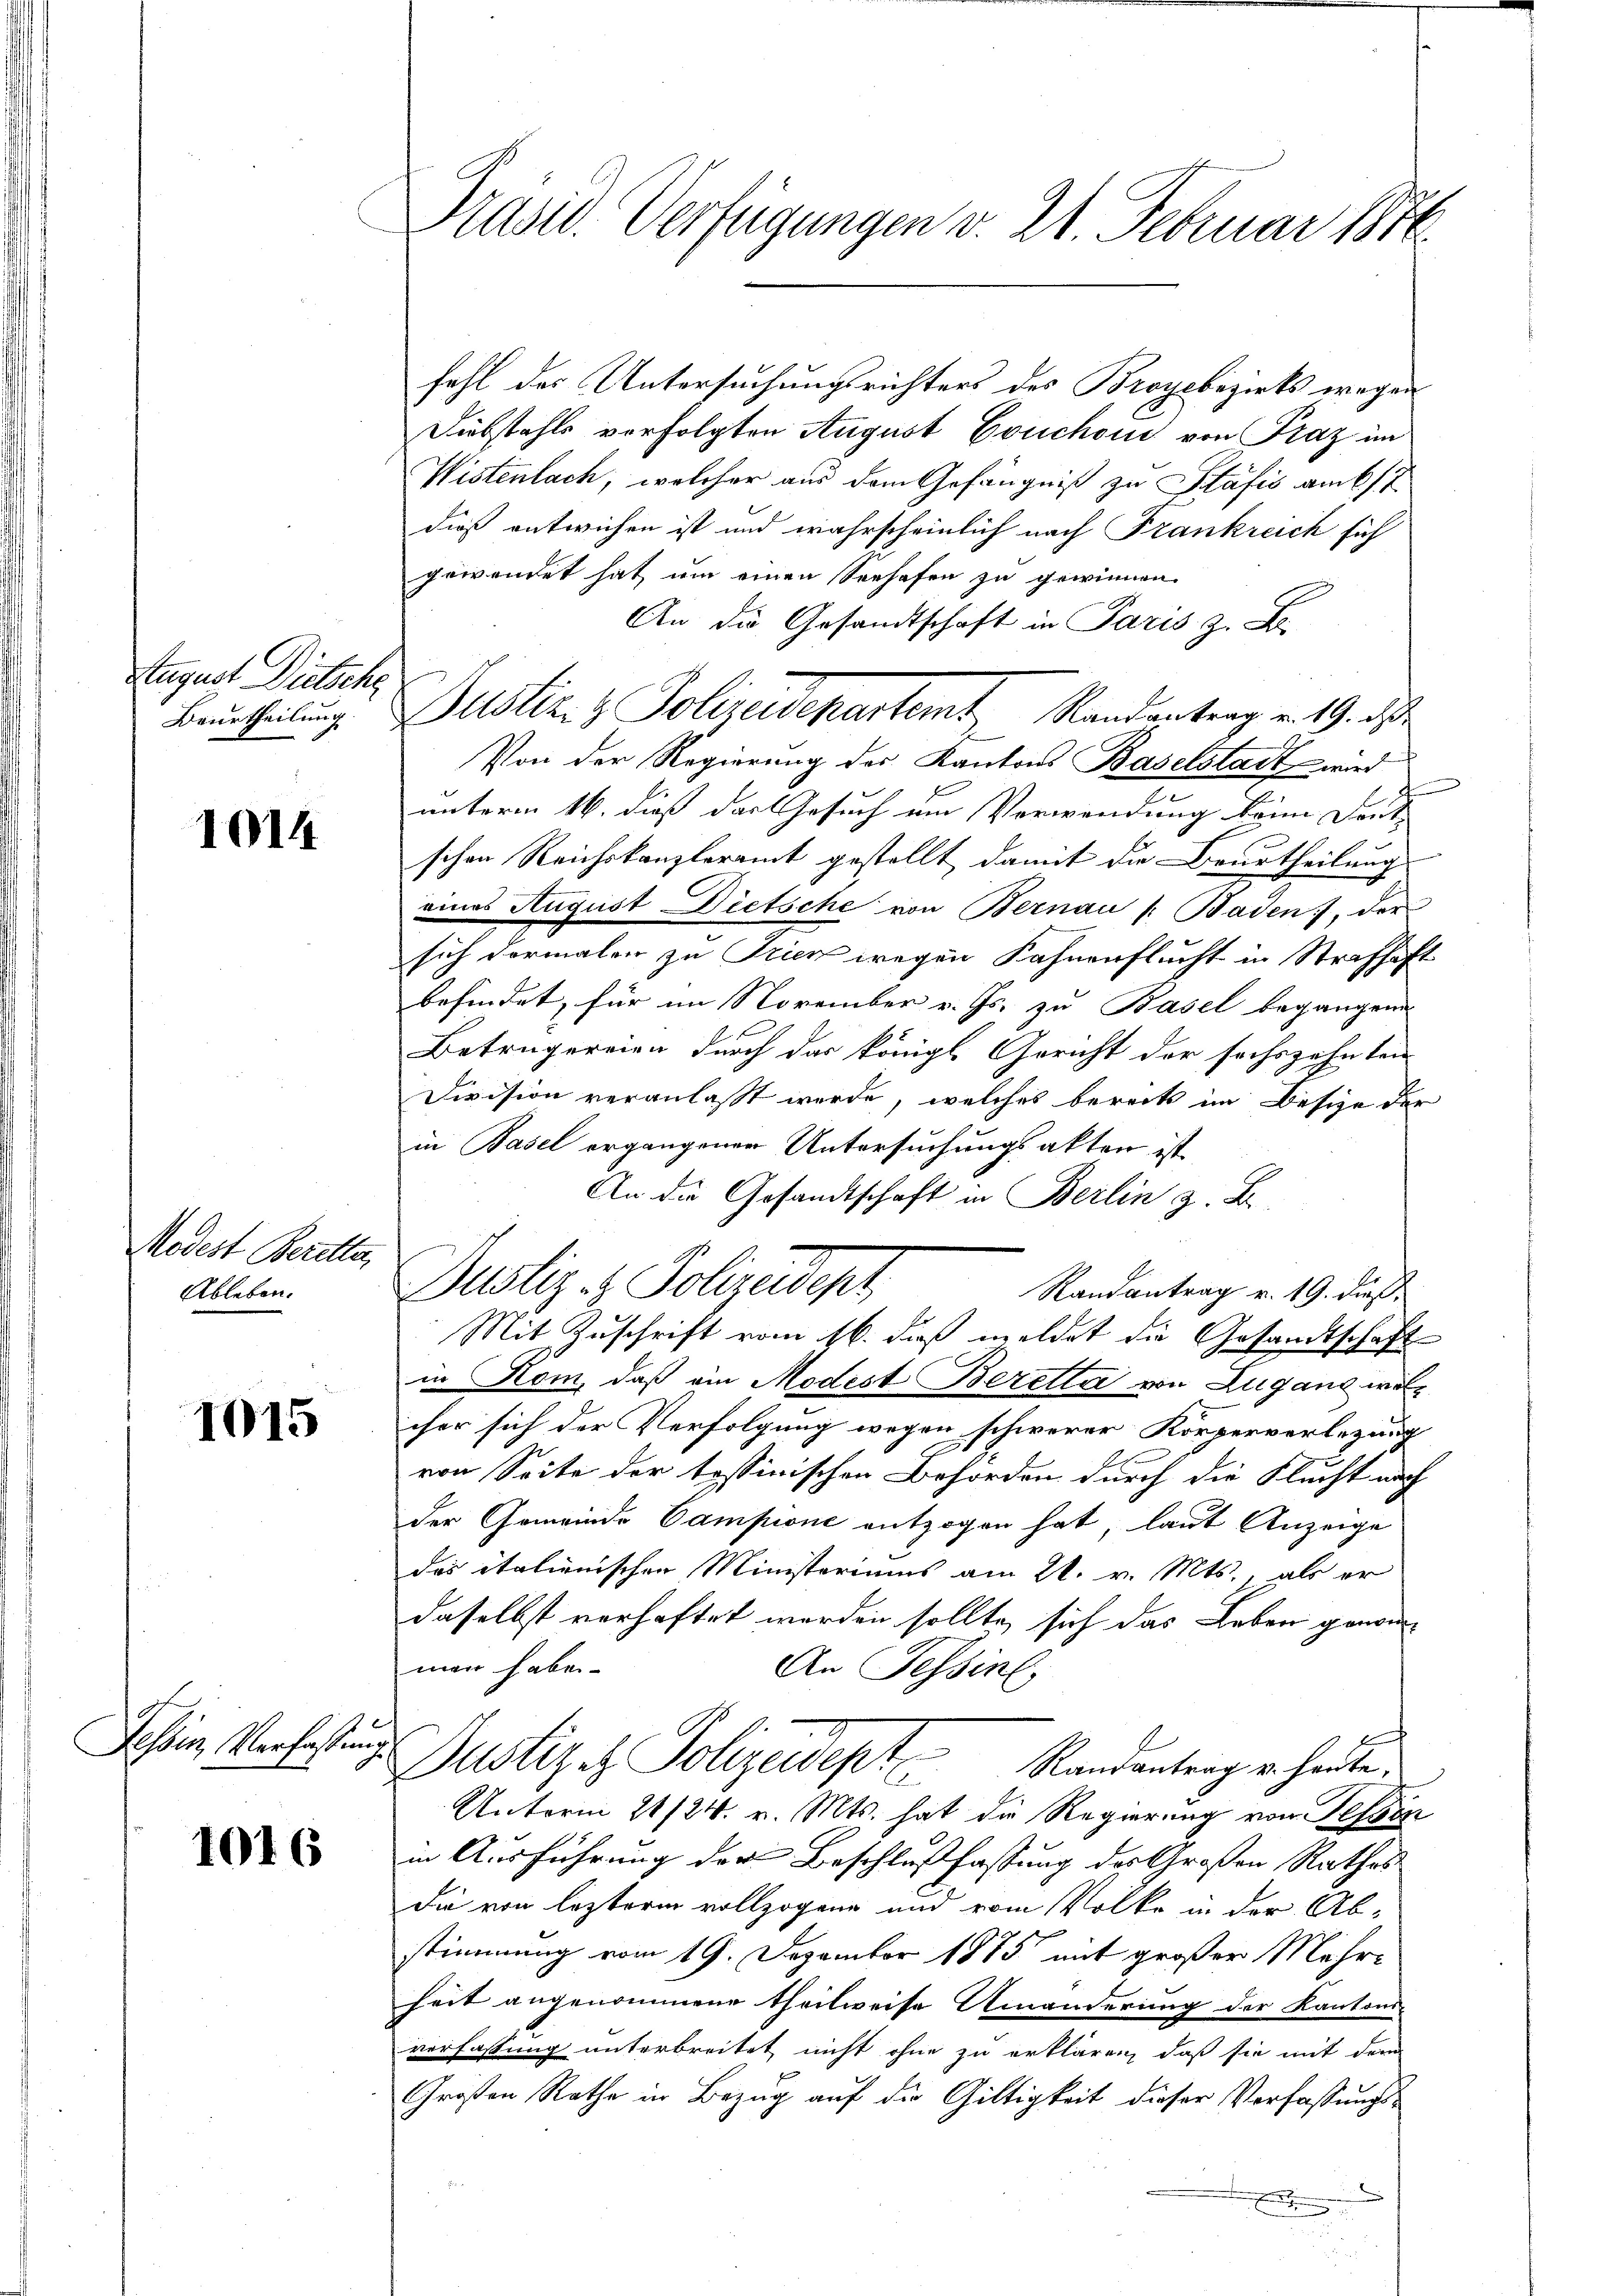
August Dietsche

1014

Modest Beretta,
Ableben.

1015

Tessin, Verfaßung

1016

Präsid. Verfügungen v. 21. Februar 1816.

fahl des Untersuchungsrichters des Broyebezirks wegen
Diebstahls verfolgten August Couchon von Fraz im
Wistenbach, welcher aus dem Gefängniß zu Plafis am 6/7
dieß entwichen ist und wahrscheinlich nach Frankreich sich
gewendet hat um einen Verhafen zu gewinnen.
An die Gesandtschaft in Paris z. B.
Beurtheilung. Justiz- & Polizeidepartemt Randantrag v. 19. ds.
Von der Regierung des Kantons Baselstadt wird
unterm 16. dieß das Gesuch um Verwendung beim Dort
schen Reichskanzleramt gestellt damit die Beurtheilung
eines August Dietsche von Bernau (: Baden, der
sich dermaler zu Trien wegen Fahnenflucht in Strafhaft
befindet, für im November v. Js. zu Basel begangene
Betrugereien durch das königl. Gericht der sechszehnten
Division veranlaßt werde, welches berecht im Besize der
in Basel ergangener Untersuchungsakten ist
An die Gesandtschaft in Berlin z. B.
Justiz- & Polizeidept,
Randantrag v. 19. dieß
Mit Zuschrift vom 16. daß meldet die Gesandtschaft
in Rom, daß ein Modest Beretta von Zuganz woll
iher sich der Verfolgung wegen schwerer Körperverlegung
von Seite der tossinischen Behörden durch die Flucht nach
der Gemeinde Campione entzogen hat, laut Anzeige
das italienischen Ministeriums am 21. v. Mts., als er
daselbst verhaftet worden sollte, sich das Leben genommen haben.
An Tessin,
Justiz & Polizeidept
Randantrag u. heute.
2
Unterm 21/24. v. Mts. hat die Regierung von Tessin
in Ausführung der Beschlußfassung des Großen Rathes
die von leztere vollzogene und vom Volke in der Ab-
stimmung vom 19. Dezember 1885 mit großer Mehr-
heit angenommene theilweise Umänderung der Kantons-
verfassung unterbreitet nicht ohne zu erklären, daß sie mit dem
Großen Rathe in Bezug auf die Gültigkeit dieser Verfassungs¬